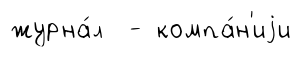
журна́л - компа́н'иjи